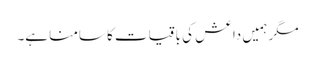
مگر ہمیں داعش کی باقیات کا سامنا ہے۔